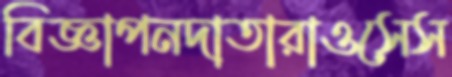
বিজ্ঞাপনদাতারাওসেস